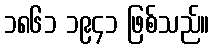
၁၈၆၁ ၁၉၄၁ ဖြစ်သည်။